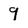
Character: 9